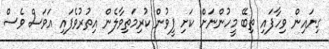
ގިނައިން ވިހާފައި ތިބޭ މީހުންނަށް ކަށި ފީވުން ކުރިމަތިވާލެން އިތުރުވެފައި އަވަސް ވެސް